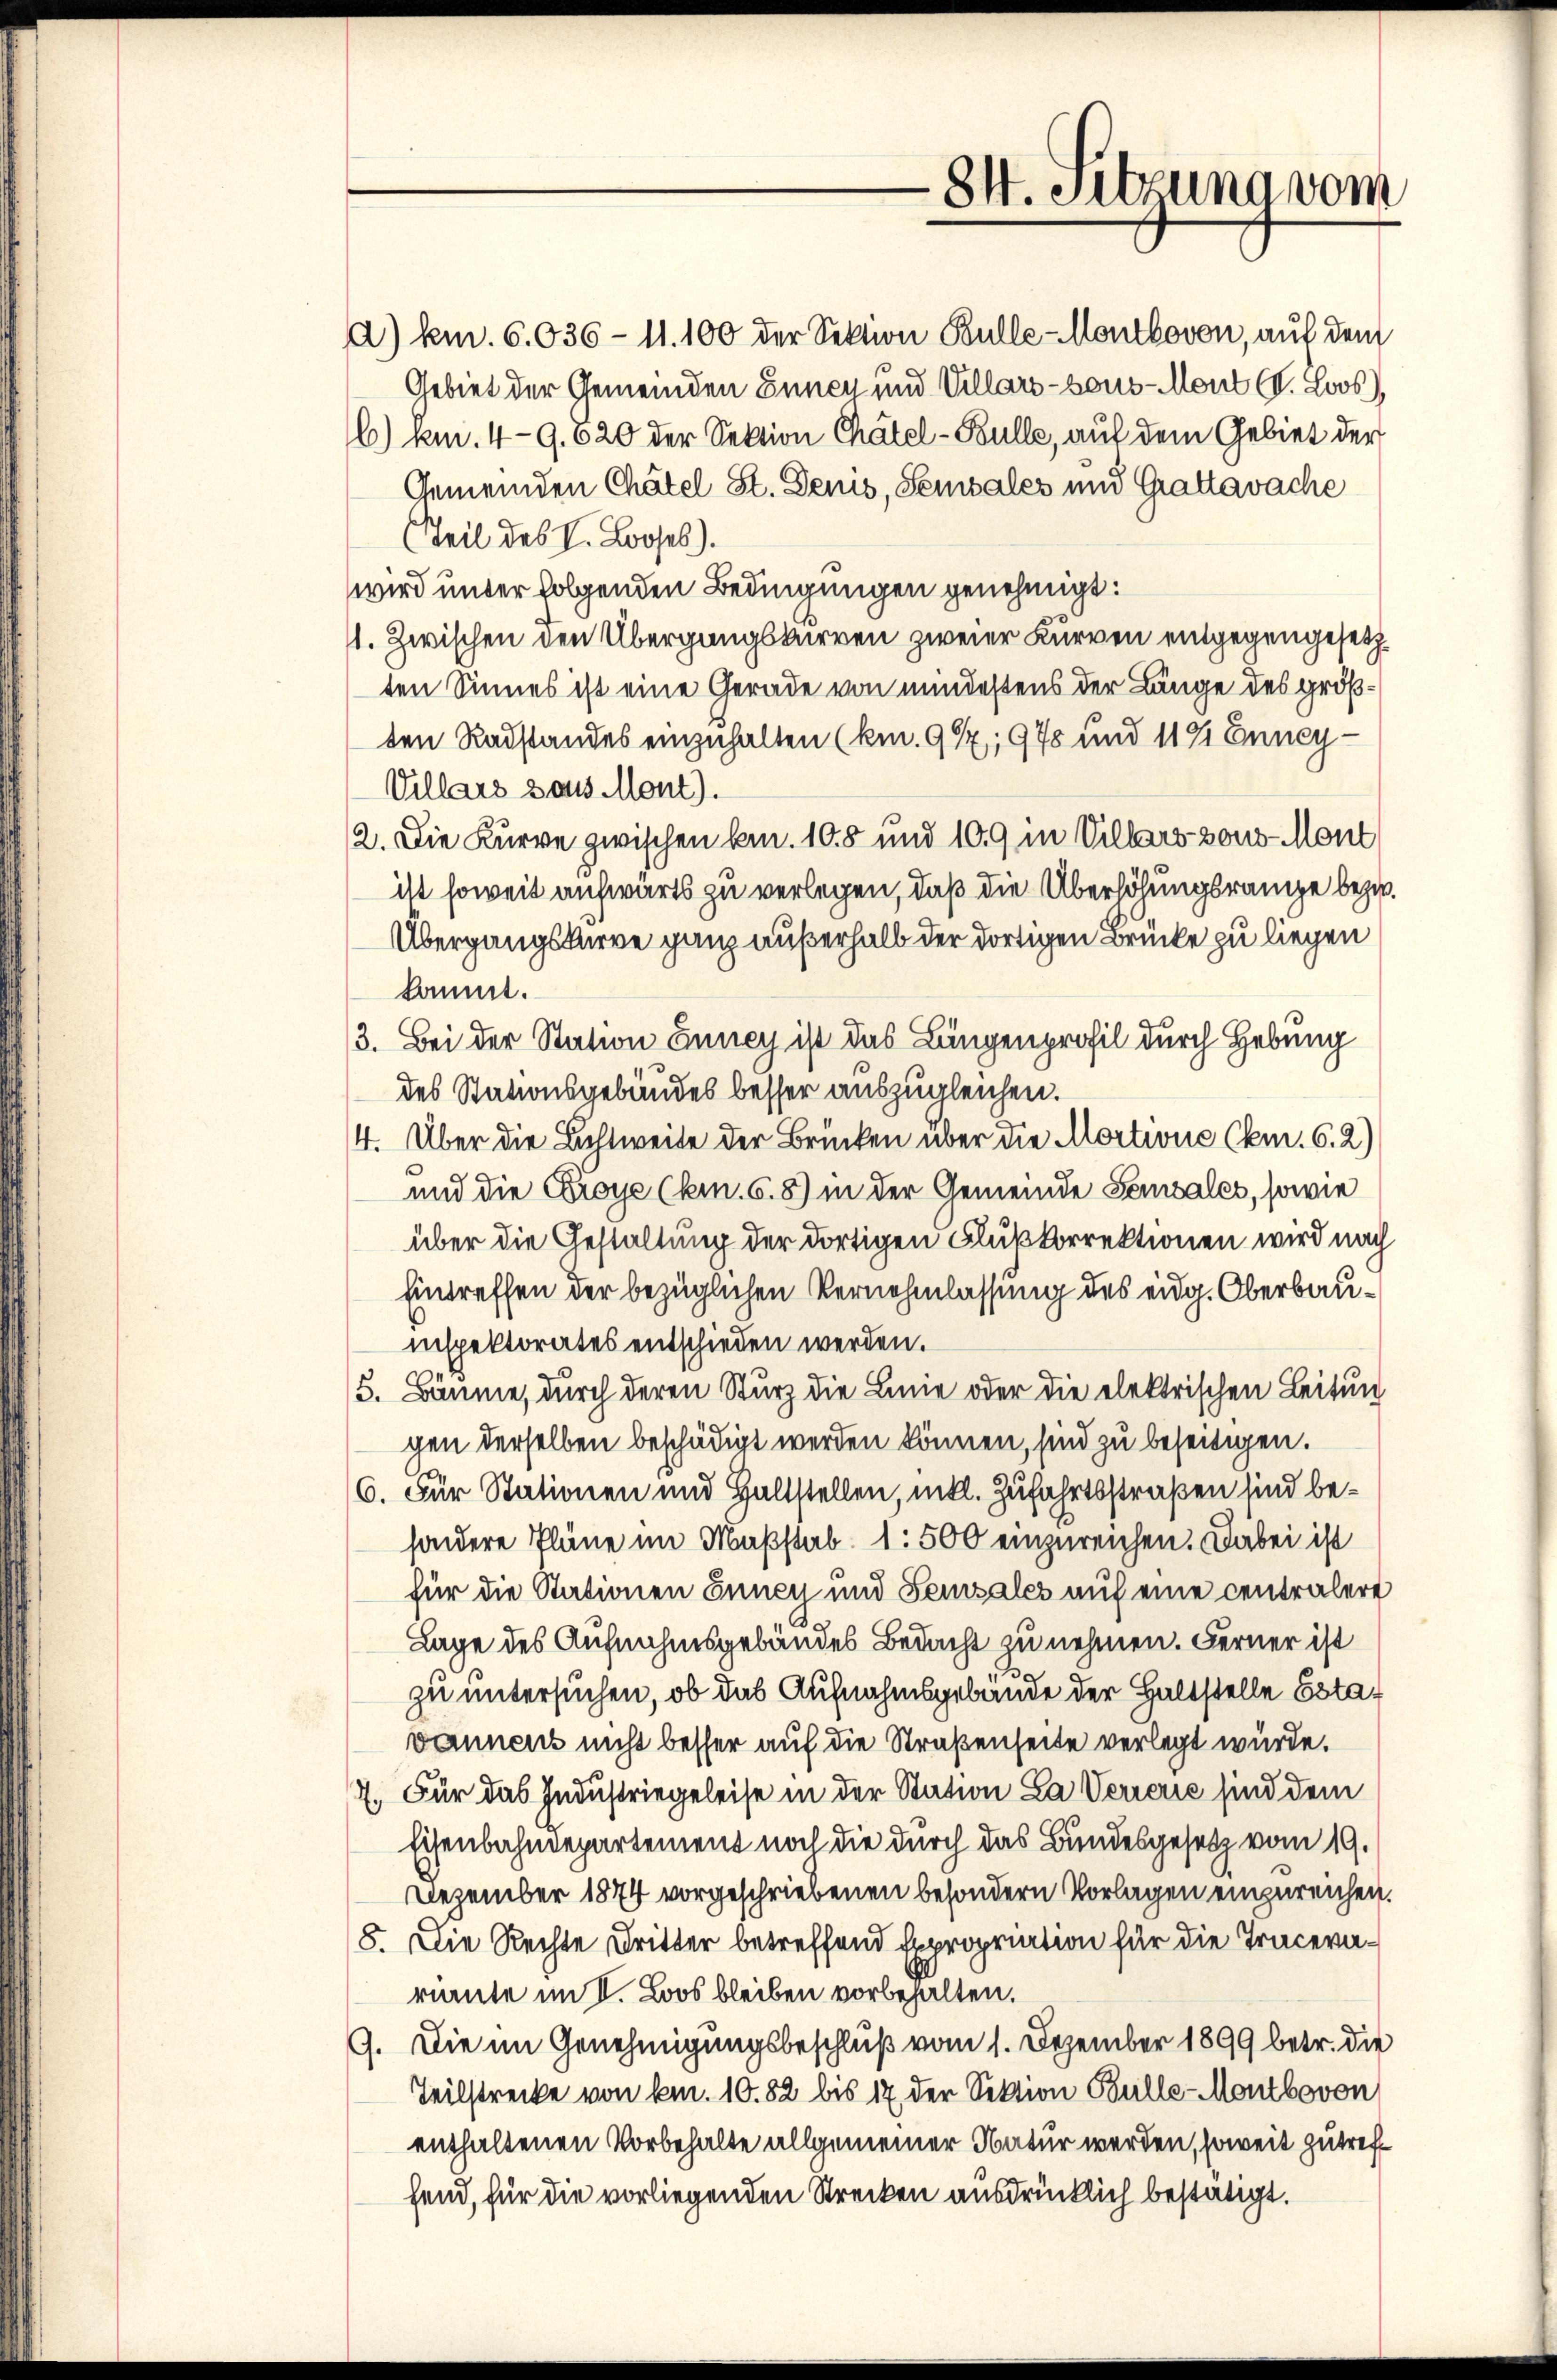
84. Sitzung vom

a) km. 6036 - 11. 100 der Sektion Bulle-Montbovon, auf dem
Gebiet der Gemeinden Ennen und Villars - sous-Mont (V. Loos),
C) km. 49. 620 der Sektion Chätel-Bulle, auf dem Gebiet der
Gemeinden Chätel St. Demis, Sensales und Grattawache
Teil des I. Looses).
wird unter folgenden Bedingungen genehmigt.
11. Zwischen den Übergangskurren zweier Kurven entgegengesetzten Sinnes ist eine Gerade von mindestens der Länge des größten Radstandes einzuhalten (km. 91; 978 und 114 Enney-
Villars aus Mont).
2. Die Kurve zwischen kn. 108 und 109 in Villars von Mont
ist soweit aufwärts zu verlegen, daß die Überhöhungsrange bezw.
Übergangskarre ganz außerhalb der dortigen Brücke zu liegen
kommt.
3. Bei der Station Enney ist das Längenprofil durch Hebung
des Stationsgebäudes besser auszugleichen.
4. Über die Lichtweite der Brücken über die Mortione Com. 6. 2)
und die Croye (km. 6. 8) in der Gemeinde Sensales, sowie
über die Gestaltung der dortigen Flußkorrektionen wird nach
Eintreffen der bezüglichen Vernehmlassung des eidg. Oberbauinspektorates entschieden werden.
3. Bäume, durch deren Sturz die Linie oder die elektrischen Leitung
gen derselben beschädigt werden können, sind zu beseitigen.
6. Für Stationen und Haltstellen, mitl. Zufahrtsstraßen sind besondere Pläne im Maßstab 1: 500 einzureichen. Dabei ist
für die Stationen Suney und Feusales auf eine centralere
Lage des Aufnahmsgebäudes Bedacht zu nehmen. Ferner ist
zu untersuchen, ob das Aufnahmsgebäude der Haltstelle Esta-
vannens nicht besser auf die Straßenseite verlegt würde.
7. Für das Industriegeleise in der Station La Verrerić sind dem
Eisenbahndepartement noch die durch das Bundesgesetz vom 19.
Dezember 1874 vorgeschriebenen besondern Vorlagen einzureichen.
8. Die Rechte Dritter betreffend Expropriation für die Tracevariante im I. Loos bleiben vorbehalten.
9. Die im Genehmigungsbeschluß vom 1. Dezember 1899 betr. die
Teilstrecke von km. 10. 82 bis 17 der Sektion Bulle-Montbovon
enthaltenen Vorbehalte allgemeiner Natur werden, soweit zutrefhend, für die vorliegenden Strecken ausdrücklich bestätigt.